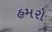
હમરો